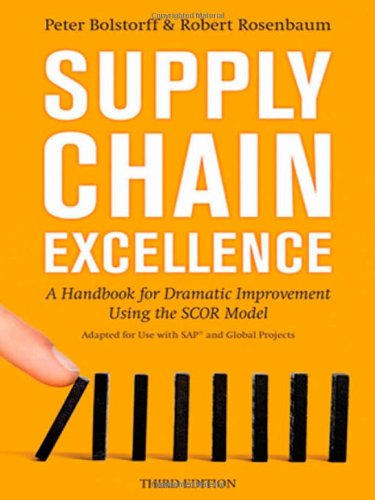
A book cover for Supply Chain Excellence: A Handbook for Dramatic Improvement Using the SCOR Model; Peter Bolstorff; Business & Money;